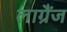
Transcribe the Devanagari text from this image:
लाग्रैंज